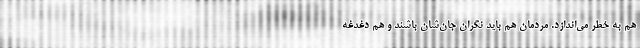
هم به خطر می‌اندازد. مردمان هم باید نگران جان‌شان باشند و هم دغدغه